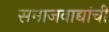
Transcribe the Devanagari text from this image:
समाजवाद्यांची